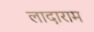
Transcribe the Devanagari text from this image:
लादाराम